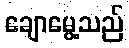
ချောမွေ့သည်